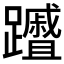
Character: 𮜦